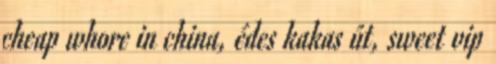
cheap whore in china, édes kakas út, sweet vip